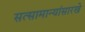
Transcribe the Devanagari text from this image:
सत्सामान्यांसारखे